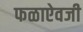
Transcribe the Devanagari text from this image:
फळाऐवजी